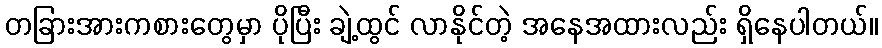
တခြားအားကစားတွေမှာ ပိုပြီး ချဲ့ထွင် လာနိုင်တဲ့ အနေအထားလည်း ရှိနေပါတယ်။